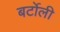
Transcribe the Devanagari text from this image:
बर्टोली